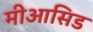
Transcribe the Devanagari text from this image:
मीआसिड